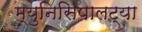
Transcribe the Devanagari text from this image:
म्युनिसिपालट्या